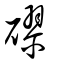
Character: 磟